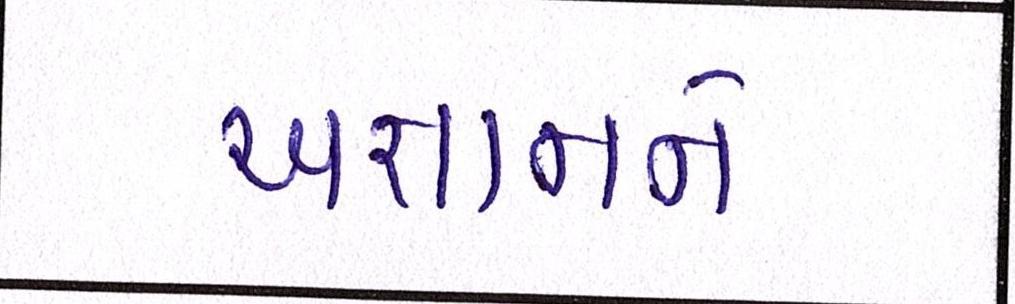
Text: અજ્ઞાનને